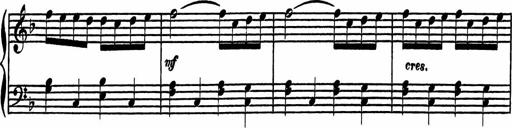
Title: 4 Piano Sonatinas
Composer: Adam Geibel